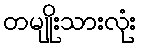
တမျိုးသားလုံး